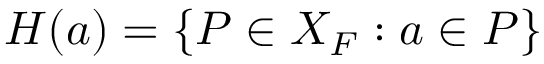
H ( a ) = \{ P \in X _ { F } : a \in P \}